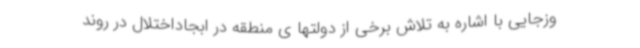
وزجایی با اشاره به تلاش برخی از دولتها ی منطقه در ابجاداختلال در روند